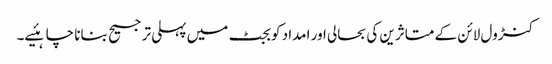
کنڑول لائن کے متاثرین کی بحالی اور امداد کو بجٹ میں پہلی ترجیح بنانا چاہئیے۔